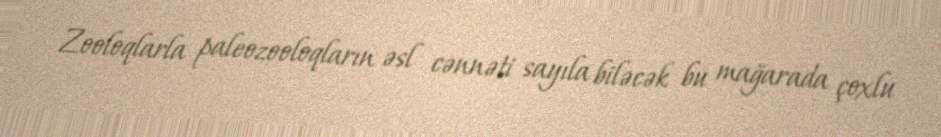
Zooloqlarla paleozooloqların əsl cənnəti sayıla biləcək bu mağarada çoxlu